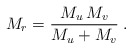
\begin{align*}M_r = \frac{M_u\,M_v}{M_u+M_v}\;.\end{align*}